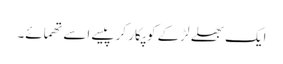
ایک بھلے لڑکے کو پکار کر پیسے اسے تھمائے۔